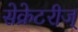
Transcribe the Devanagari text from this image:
सेक्रेटरीज्